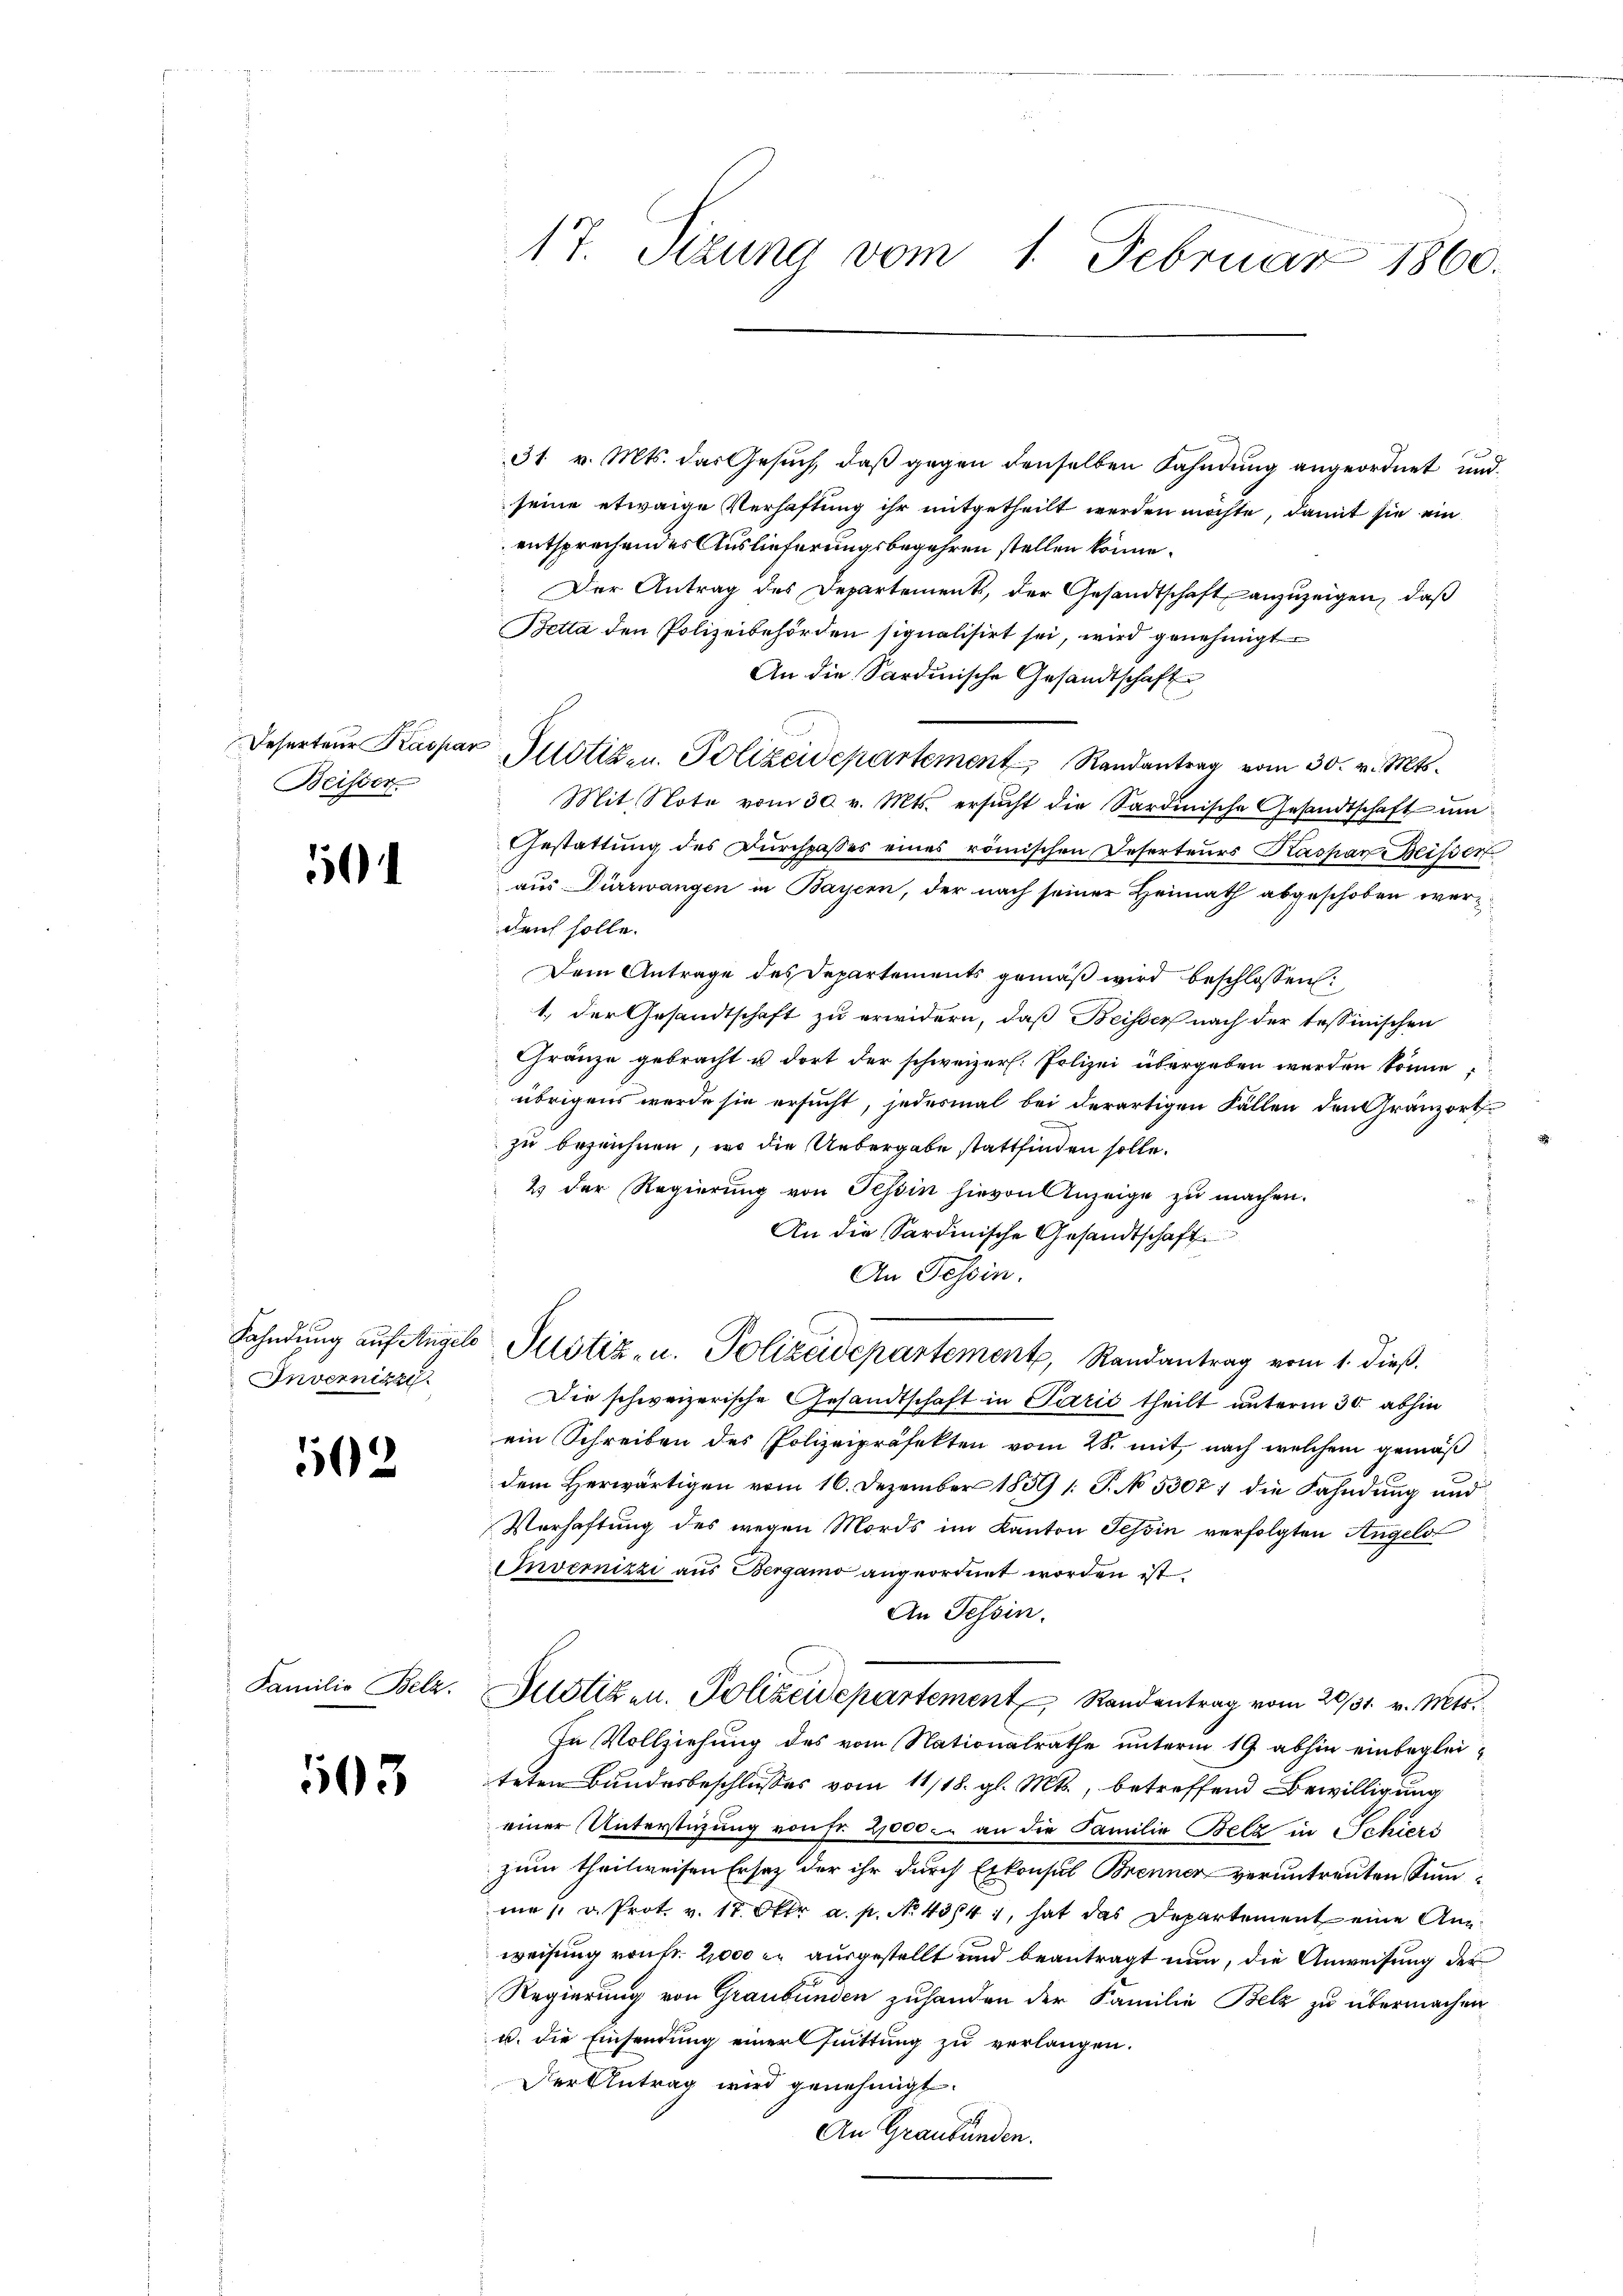
Beister

5

Invernikzi

502

Familie Belz.

103

17. Setzung vom 1. Februar 1860.

31 v. Mts. das Gesuch, daß gegen denselben Fahndung angeordnet und
seine etwaige Verhaftung ihr mitgetheilt werden möchte, damit sie ein
entsprechendes Auslieferungsbegehren stellen könne.
Der Antrag des Departements, der Gesandtschaft anzuzeigen, daß
Betta den Polizeibehörden signalisirt sei, wird genehmigt
An die Sardinische Gesandtschaft
Deserteŭr Kaspar Allotizen. Polizeidepartement Randantrag vom 30. v. Mts.
Mit. Note vom 30. v. Mts. ersŭcht die Sardinische Gesandtschaft ŭm
Gestattung des Durchpasses eines römischen Deserteurs Kaspar Weissen
aus Dürrwangen in Bayern, der nach seiner Heimath abgeschoben werden solle.
Dem Antrage des Departements gemäß wird beschlossen:
1.) Der Gesandtschaft zu erwidern, daß Beisser nach der tessinischen
Gränze gebracht u dort der schweizer. Polizei übergeben werden könne,
übrigens werde sie ersucht, jedesmal bei derartigen Fällen den Gränzort
zu bezeichnen, wo die Uebergabe stattfinden solle.
2 der Regierung von Tessin hievon Anzeige zu machen.
An die Sardinische Gesandtschaft
An Tessin.
Fahndung auf Angel Pulstiz- u. Polizeidepartement, Randantrag vom 1. dieß.
Die schweizerische Gesandtschaft in Parić theilt unterm 30. abhin
ein Schreiben des Polizeipräfekten vom 28. mit, nach welchem gemäß
dem Herwärtigen vom 16. Dezember 1839 (: P. No 5307; die Fahndung und
Verhaftung des wegen Mords im Kanton Tessin verfolgten Angelo
Invernizzi aus Bergamo angeordnet worden ist.
An Tessin.
Justigen. Polizeidepartement Randantrag vom 20/31. v. Mts.
In Vollziehung des vom Nationalrathe unterm 19 abhin einbegleiteten Bundesbeschlusses vom 11/18. gl. Mts., betreffend Bewilligung
einer Unterstüzung von Fr. 2,000. an die Familie Belz in Schiers
zum theilweisen Ersatz der ihr durch Erkonsul Brenner verantreuten Sinnm 1. v. Prot. v. 17. Oktr a. p. No. 43841, hat das Departement eine Anweisung von fr. 2000 er ausgestellt und beantragt nun, die Anweisung der
Regierung von Graubünden zuhanden der Familie Belz zu übermachen
u. die Einsendung einer suittung zu verlangen.
Der Antrag wird genehmigt.
An Graubünden.